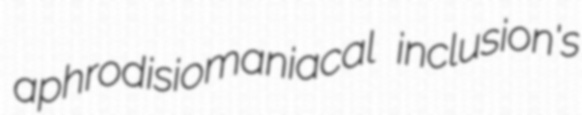
aphrodisiomaniacal inclusion's